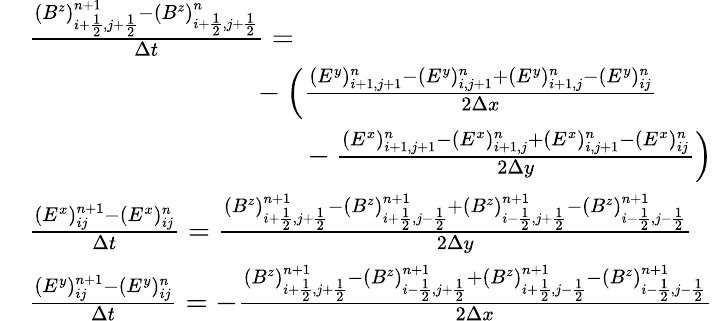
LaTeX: \begin{array}{rl}&{\frac{(B^{z})_{i+\frac 12,j+\frac 12}^{n+1}-(B^{z})_{i+\frac 12,j+\frac 12}^{n}}{\Delta t}=}\\ &{\phantom{mmmmmmmmm}-\left(\frac{(E^{y})_{i+1,j+1}^{n}-(E^{y})_{i,j+1}^{n}+(E^{y})_{i+1,j}^{n}-(E^{y})_{ij}^{n}}{2\Delta x}\right.}\\ &{\phantom{mmmmmmmmmmm}-\left.\frac{(E^{x})_{i+1,j+1}^{n}-(E^{x})_{i+1,j}^{n}+(E^{x})_{i,j+1}^{n}-(E^{x})_{ij}^{n}}{2\Delta y}\right)}\\ &{\frac{(E^{x})_{ij}^{n+1}-(E^{x})_{ij}^{n}}{\Delta t}=\frac{(B^{z})_{i+\frac 12,j+\frac 12}^{n+1}-(B^{z})_{i+\frac 12,j-\frac 12}^{n+1}+(B^{z})_{i-\frac 12,j+\frac 12}^{n+1}-(B^{z})_{i-\frac 12,j-\frac 12}^{n+1}}{2\Delta y}}\\ &{\frac{(E^{y})_{ij}^{n+1}-(E^{y})_{ij}^{n}}{\Delta t}=-\frac{(B^{z})_{i+\frac 12,j+\frac 12}^{n+1}-(B^{z})_{i-\frac 12,j+\frac 12}^{n+1}+(B^{z})_{i+\frac 12,j-\frac 12}^{n+1}-(B^{z})_{i-\frac 12,j-\frac 12}^{n+1}}{2\Delta x}}\end{array}